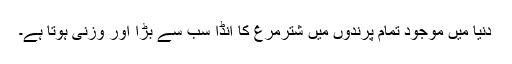
دنیا میں موجود تمام پرندوں میں شترمرغ کا انڈا سب سے بڑا اور وزنی ہوتا ہے۔